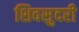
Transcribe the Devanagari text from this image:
शिवसुदरी